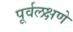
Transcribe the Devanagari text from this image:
पूर्वलक्षणे